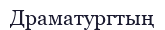
Драматургтың